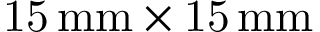
\mathrm { 1 5 \, m m \times 1 5 \, m m }